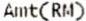
AMT(RM)